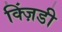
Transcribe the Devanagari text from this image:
क्ज़िंडी